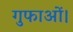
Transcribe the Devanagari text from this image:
गुफाओं।